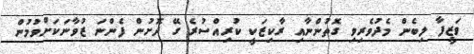
ވަޒީފާ ލިބެން މެދުވެރިވި ގޮތުންނާއި ރާކިޒަކީ ކުރިއްސުރެ ގޭ ދޮށުން ފެންނަ ޒުވާނަކަށްވުމުން